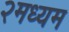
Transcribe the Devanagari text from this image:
२मध्यम